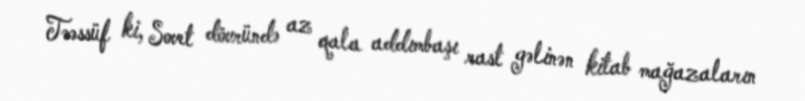
Təəssüf ki, Sovet dövründə az qala addımbaşı rast gəlinən kitab mağazaların